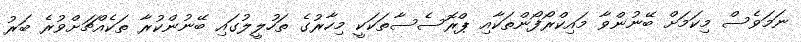
ނަމަވެސް މިކަމަށް ބޭނުންވާ މައިކްރޯފޯންތަކާއި ޕްރޮސެސާތަކަކީ މިހާރުގެ ތަހުލީލުގައި ބޭނުންކުރާ ތަކެއްޗަށްވުރެ ބަރު